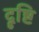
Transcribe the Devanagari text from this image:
दॄ्ष्टि